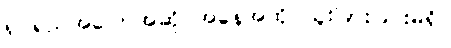
ရုပ်ရည်အပြောအဆို အနေအထိုင်ထူးခြားခြင်းမရှိ။